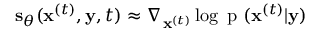
\mathbf { s } _ { \boldsymbol { \theta } } ( \mathbf { x } ^ { ( t ) } , \mathbf { y } , t ) \approx \nabla _ { \mathbf { x } ^ { ( t ) } } \log { \mathrm { ~ p ~ } ( \mathbf { x } ^ { ( t ) } | \mathbf { y } } )